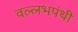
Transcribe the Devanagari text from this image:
वल्लभपंथी